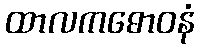
ထာလကဓောဝနံ